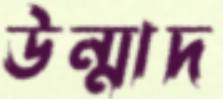
উন্মাদ